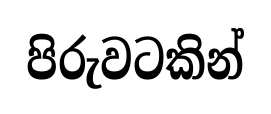
පිරුවටකින්